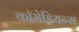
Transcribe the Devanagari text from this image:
कॉमेडियन्स